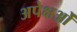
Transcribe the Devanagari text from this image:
अपेक्षओं